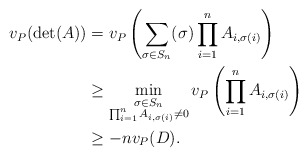
\begin{align*} v_P(\det(A)) &=v_P\left(\sum_{\sigma\in S_n} (\sigma)\prod^{n}_{i=1}A_{i,\sigma(i)}\right)\\ &\geq \min_{\substack{\sigma\in S_n \\ \prod^{n}_{i=1}A_{i,\sigma(i)}\neq 0}} v_P\left(\prod^{n}_{i=1}A_{i,\sigma(i)}\right)\\ &\geq -n v_P(D). \end{align*}